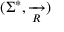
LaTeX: ( \Sigma ^ { * } , { \xrightarrow [ { R } ] { } } )